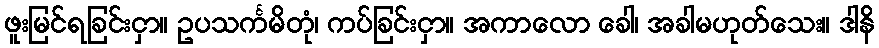
ဖူးမြင်ရခြင်းငှာ။ ဥပသင်္ကမိတုံ၊ ကပ်ခြင်းငှာ။ အကာလော ခေါ၊ အခါမဟုတ်သေး။ ဒါနိ